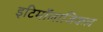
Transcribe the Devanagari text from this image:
इटिमाँलाजिकल